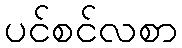
ပင်စင်လစာ